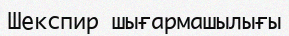
Шекспир шығармашылығы